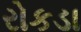
રોકડા